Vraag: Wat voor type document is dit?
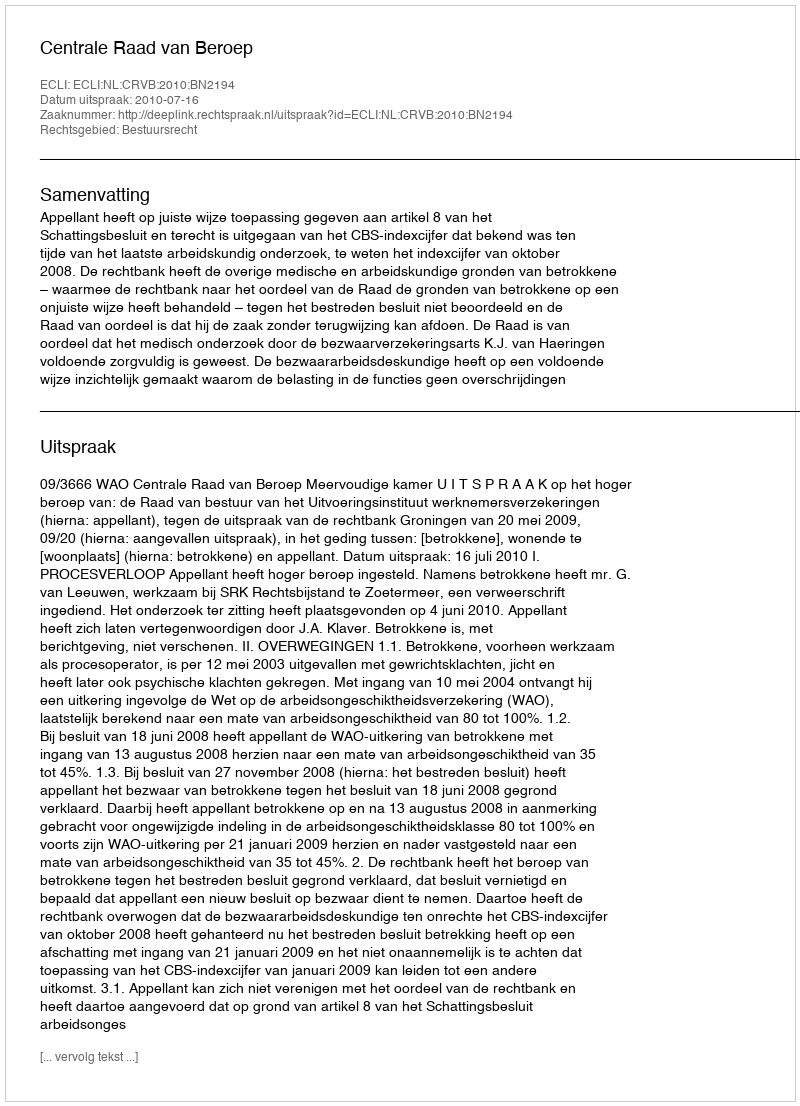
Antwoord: Uitspraak